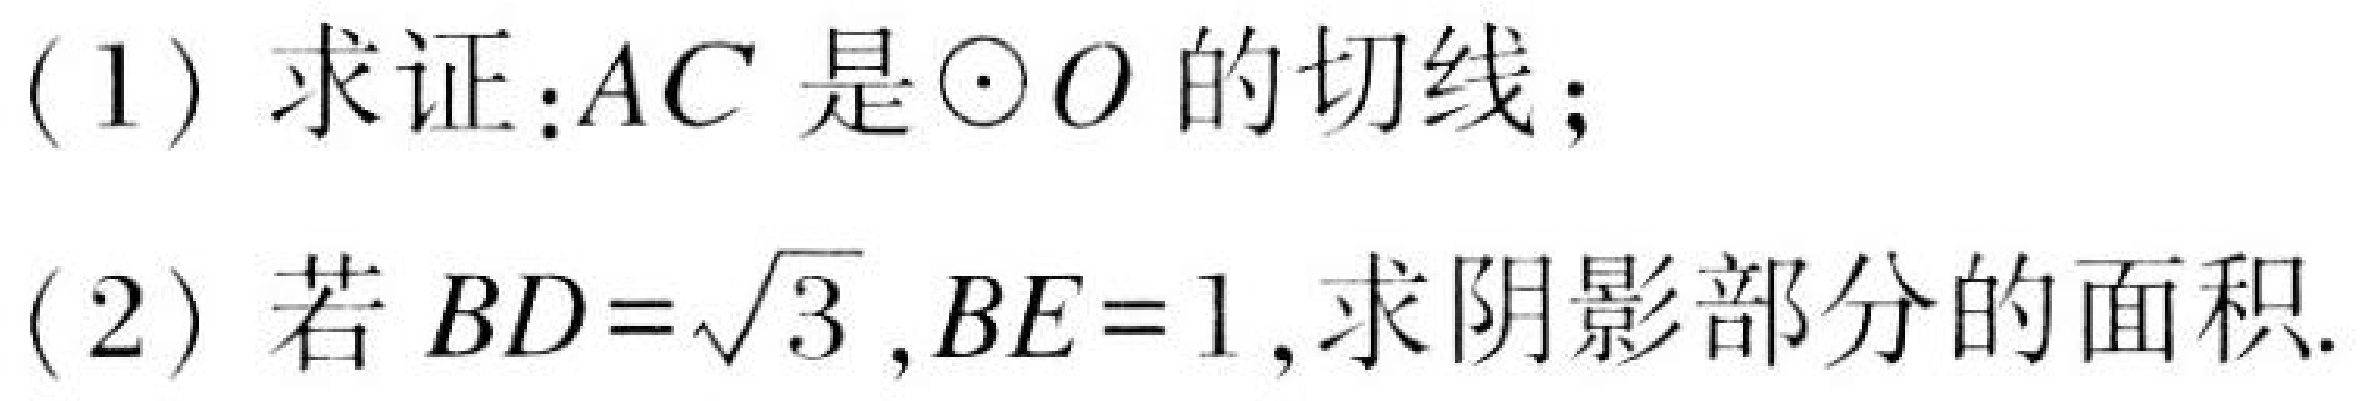
(1) 求证:$AC$ 是$\odot O$ 的切线;
(2) 若 $BD = \sqrt{3},BE = 1$,求阴影部分的面积.